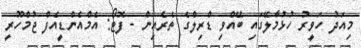
މިއަދު ހަވީރު ހުޅުމާލޭގައި ބޭއްވި ޑްރިލްގެ ތެރެއިން - ފޮޓޯ: އެމްއެންޑީއެފް ޖުމްހޫރީ